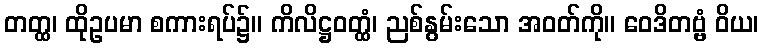
တတ္ထ၊ ထိုဥပမာ စကားရပ်၌။ ကိလိဋ္ဌဝတ္ထံ၊ ညစ်နွမ်းသော အဝတ်ကို။ ဝေဒိတဗ္ဗံ ဝိယ၊